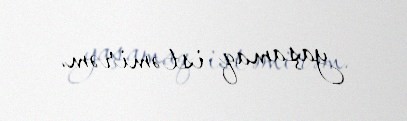
yaşamaq istəmirəm.